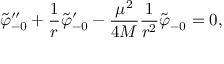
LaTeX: { \tilde { \varphi } _ { - 0 } } ^ { \prime \prime } + { \frac { 1 } { r } } { \tilde { \varphi } _ { - 0 } } ^ { \prime } - { \frac { \mu ^ { 2 } } { 4 M } } { \frac { 1 } { r ^ { 2 } } } { \tilde { \varphi } _ { - 0 } } = 0 ,